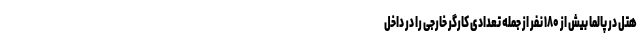
هتل در پالما بیش از ۱۸۰ نفر از جمله تعدادی کارگر خارجی را در داخل